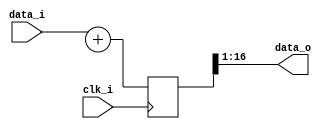
`timescale 1ns / 1ps
//////////////////////////////////////////////////////////////////////////////////
//////////////////////////////////////////////////////////////////////////////////


module sampling_reducer #(
    parameter WIDTH = 16
    )(
    input wire clk_i,
    input wire [WIDTH-1:0] data_i,
    output wire [WIDTH-1:0] data_o
    );
              
    reg [WIDTH-1:0] data_d, 
                    data_q0;

    reg [WIDTH:0] out_d, out_q;
    assign data_o = out_q[WIDTH:1];
    assign data_i = data_d;
    
    always @(posedge clk_i) begin
        out_q <= out_d;
    end
    
    always @(*) begin
        out_d = data_d + data_q0;
    end
    
endmodule